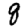
Digit: 8